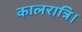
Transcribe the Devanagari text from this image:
कालरात्रि।